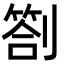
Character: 劄